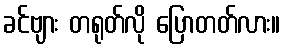
ခင်ဗျား တရုတ်လို ပြောတတ်လား။